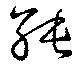
紓